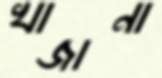
খাজানা